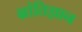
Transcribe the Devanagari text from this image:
भ्रांतिज्ञान